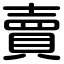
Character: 賣